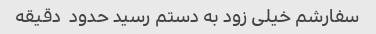
سفارشم خیلی زود به دستم رسید حدود  دقیقه